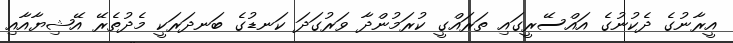
އީރާނުގެ ދެކުނުގެ އައްސޭރީގައި ތަރައްގީ ކުރަމުންދާ ވަރުގަދަ ކަނޑުގެ ބަނދަރަކީ މެދުތެރޭ އޭޝިޔާއާއި